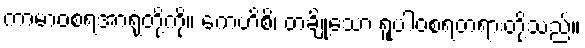
ကာမာဝစရအာရုံတို့ကို။ ကေဟိစိ၊ တချို့သော ရူပါဝစရတရားတို့သည်။